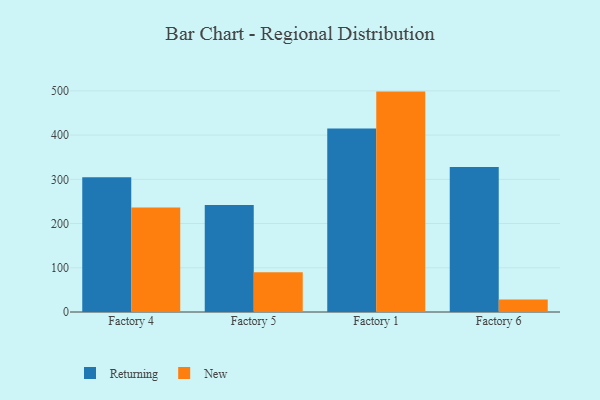
{"axis": {"x": "Factory", "y": "Humidity (%)"}, "legend": ["New", "Returning"], "data": [{"x": "Factory 4", "y": 304.4, "type": "Returning"}, {"x": "Factory 4", "y": 236.1, "type": "New"}, {"x": "Factory 5", "y": 242.1, "type": "Returning"}, {"x": "Factory 5", "y": 89.9, "type": "New"}, {"x": "Factory 1", "y": 415.1, "type": "Returning"}, {"x": "Factory 1", "y": 498.3, "type": "New"}, {"x": "Factory 6", "y": 327.8, "type": "Returning"}, {"x": "Factory 6", "y": 28.4, "type": "New"}]}